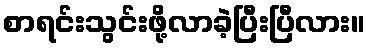
စာရင်းသွင်းဖို့လာခဲ့ပြီးပြီလား။